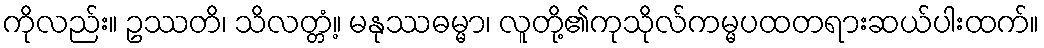
ကိုလည်း။ ဥဿတိ၊ သိလတ္တံ့။ မနုဿဓမ္မာ၊ လူတို့၏ကုသိုလ်ကမ္မပထတရားဆယ်ပါးထက်။